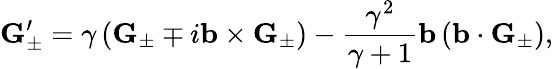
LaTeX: \mathbf{G}_{\pm}^{\prime}=\gamma\left(\mathbf{G}_{\pm}\mp i\mathbf{b}\times\mathbf{G}_{\pm}\right)-\frac{\gamma^{2}}{\gamma+1}\mathbf{b}\left(\mathbf{b}\cdot\mathbf{G}_{\pm}\right),